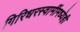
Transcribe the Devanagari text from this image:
गिरिधरस्वामींमध्येही